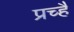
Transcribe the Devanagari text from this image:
प्रच्है